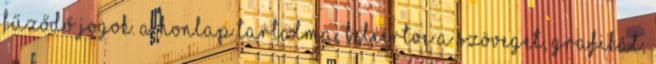
fűződő jogok. A honlap tartalma, beleértve a szöveget, grafikát,